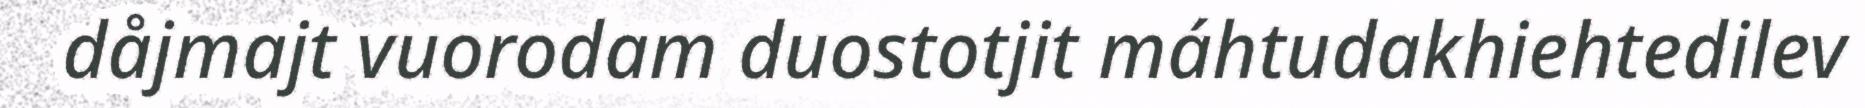
dåjmajt vuorodam duostotjit máhtudakhiehtedilev